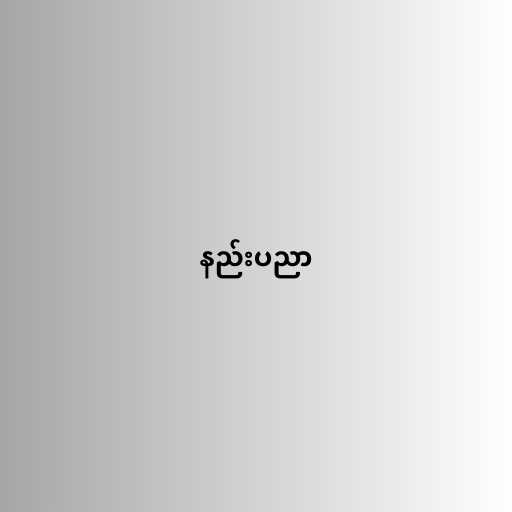
နည်းပညာ